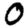
Digit: 0